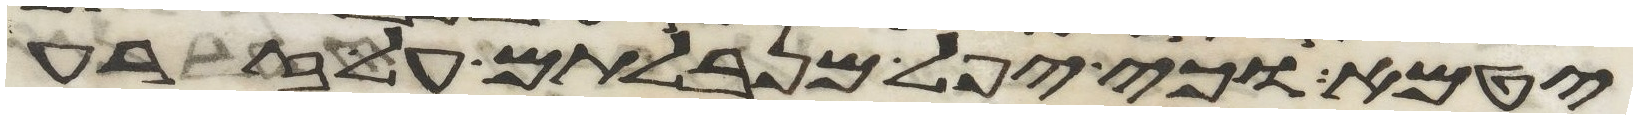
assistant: יטמא וכי יפל מנבלתם על זרע